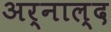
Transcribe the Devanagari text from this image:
अर्नाल्द